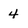
Character: 4